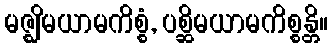
မဇ္ဈိမယာမကိစ္စံ, ပစ္ဆိမယာမကိစ္စန္တိ။